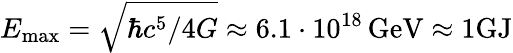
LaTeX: E_{\mathrm{max}}=\sqrt{\hbar c^{5}/4G}\approx 6.1\cdot 10^{18}\, \mathrm{GeV\approx 1GJ}